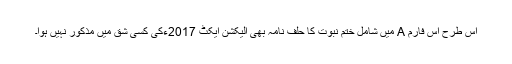
اس طرح اس فارم A میں شامل ختم نبوت کا حلف نامہ بھی الیکشن ایکٹ 2017ءکی کسی شق میں مذکور نہیں ہوا۔